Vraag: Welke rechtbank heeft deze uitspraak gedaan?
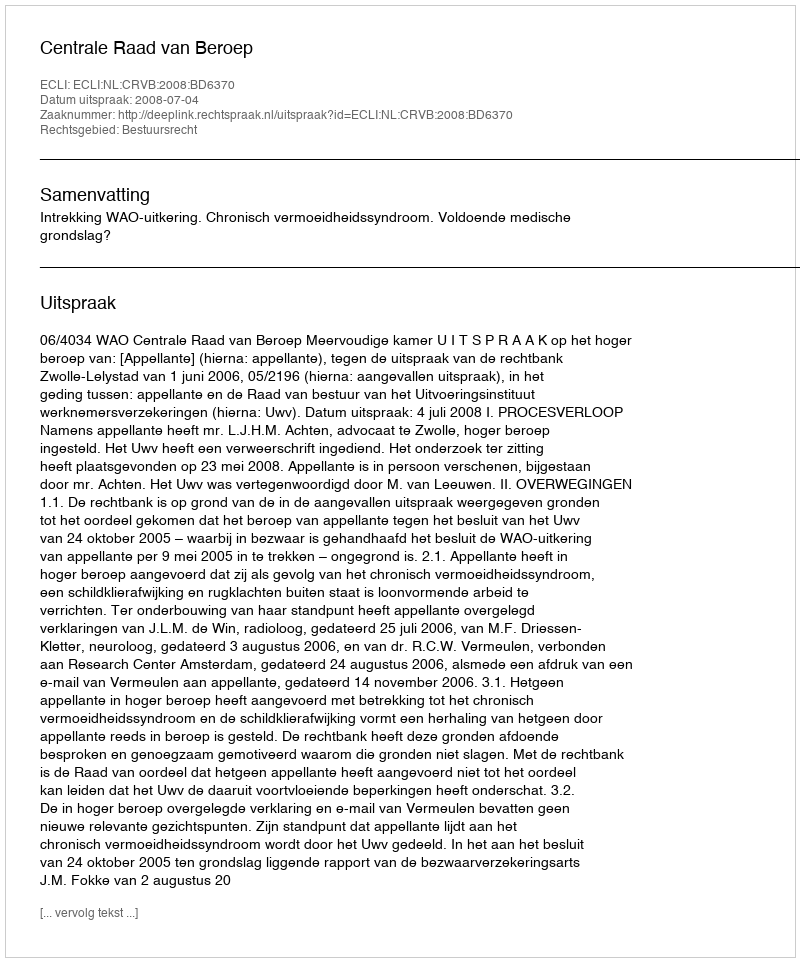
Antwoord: Centrale Raad van Beroep